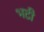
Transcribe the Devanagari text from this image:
भटी